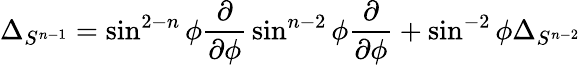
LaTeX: \Delta_{S^{n-1}}=\sin^{2-n}\phi{\frac{\partial}{\partial\phi}}\sin^{n-2}\phi{\frac{\partial}{\partial\phi}}+\sin^{-2}\phi\Delta_{S^{n-2}}